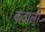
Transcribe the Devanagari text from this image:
कंठाला